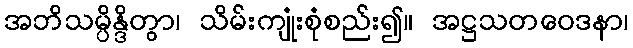
အဘိသမ္ပိန္ဒိတွာ၊ သိမ်းကျုံးစုံစည်း၍။ အဋ္ဌသတဝေဒနာ၊